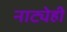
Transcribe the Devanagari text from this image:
नाट्येही